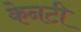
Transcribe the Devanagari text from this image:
केनटी